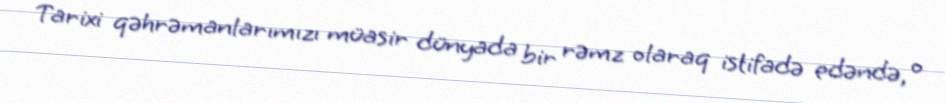
Tarixi qəhrəmanlarımızı müasir dünyada bir rəmz olaraq istifadə edəndə, o